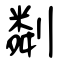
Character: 㔂